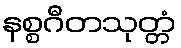
နစ္စဂီတသုတ္တံ